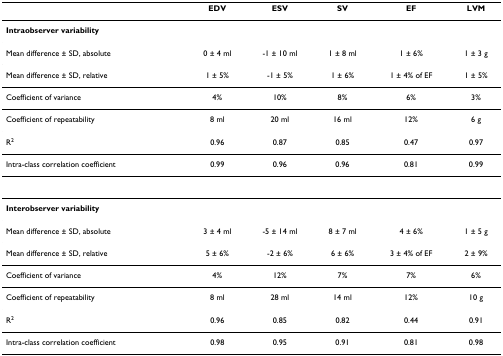
|  | EDV | ESV | SV | EF | LVM |
 | --- | --- | --- | --- | --- | --- |
 | Intraobserver variability |  |  |  |  |  |
 | Mean difference ± SD, absolute | 0 ± 4 ml | -1 ± 10 ml | 1 ± 8 ml | 1 ± 6% | 1 ± 3 g |
 | Mean difference ± SD, relative | 1 ± 5% | -1 ± 5% | 1 ± 6% | 1 ± 4% of EF | 1 ± 5% |
 | Coefficient of variance | 4% | 10% | 8% | 6% | 3% |
 | Coefficient of repeatability | 8 ml | 20 ml | 16 ml | 12% | 6 g |
 | R2 | 0.96 | 0.87 | 0.85 | 0.47 | 0.97 |
 | Intra-class correlation coefficient | 0.99 | 0.96 | 0.96 | 0.81 | 0.99 |
 | Interobserver variability |  |  |  |  |  |
 | Mean difference ± SD, absolute | 3 ± 4 ml | -5 ± 14 ml | 8 ± 7 ml | 4 ± 6% | 1 ± 5 g |
 | Mean difference ± SD, relative | 5 ± 6% | -2 ± 6% | 6 ± 6% | 3 ± 4% of EF | 2 ± 9% |
 | Coefficient of variance | 4% | 12% | 7% | 7% | 6% |
 | Coefficient of repeatability | 8 ml | 28 ml | 14 ml | 12% | 10 g |
 | R2 | 0.96 | 0.85 | 0.82 | 0.44 | 0.91 |
 | Intra-class correlation coefficient | 0.98 | 0.95 | 0.91 | 0.81 | 0.98 |